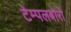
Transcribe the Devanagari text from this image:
टेम्पलबोरो